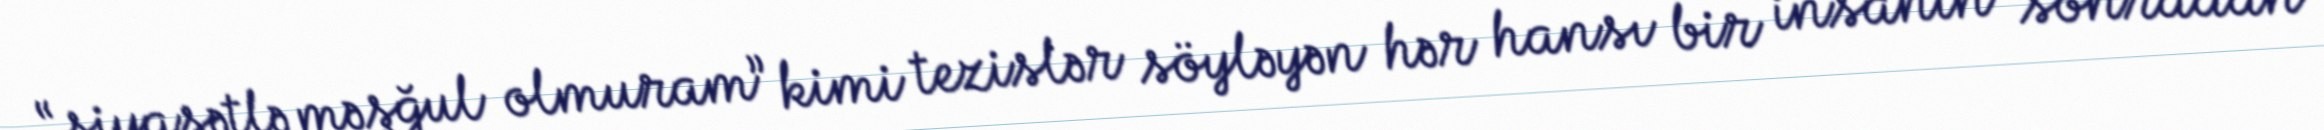
“siyasətlə məşğul olmuram” kimi tezislər söyləyən hər hansı bir insanın sonradan